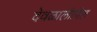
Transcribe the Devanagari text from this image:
देवळालीतील